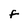
Character: F